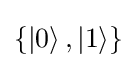
\{\left|0\right\rangle ,\left|1\right\rangle \}